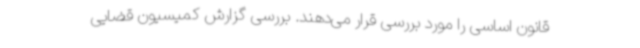
قانون اساسی را مورد بررسی قرار می‌دهند. بررسی گزارش کمیسیون قضایی